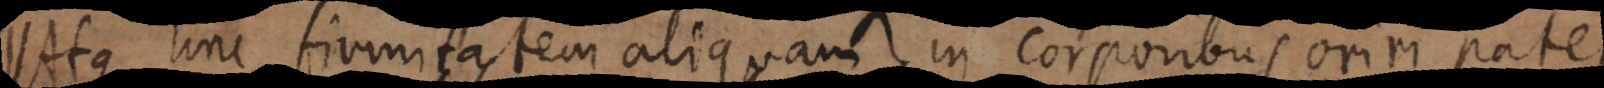
st: hinc firmitatem aliquam in corporibus oriri patet